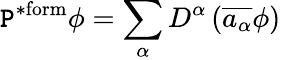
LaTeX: \mathtt{P}^{\mathrm{{*form}}}\phi=\sum_{\alpha}D^{\alpha}\left({\overline{{{a_{\alpha}}}}}\phi\right)